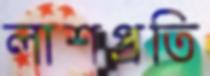
লাশপ্রতি